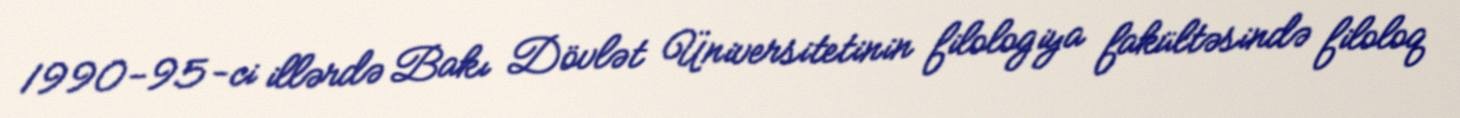
1990-95-ci illərdə Bakı Dövlət Üniversitetinin filologiya fakültəsində filoloq